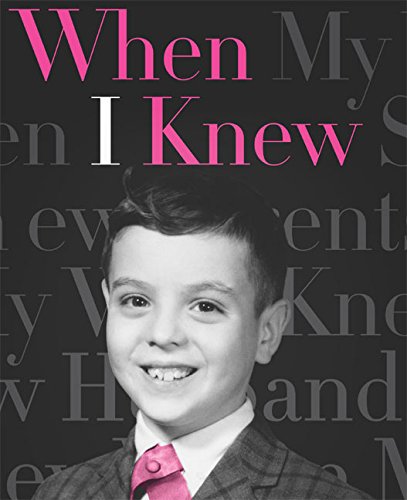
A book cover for When I Knew; Robert Trachtenberg; Gay & Lesbian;